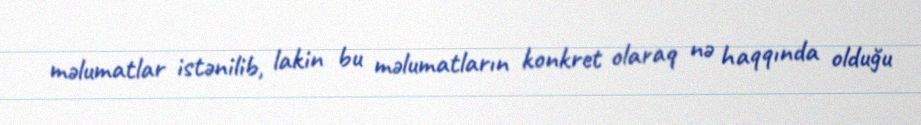
məlumatlar istənilib, lakin bu məlumatların konkret olaraq nə haqqında olduğu